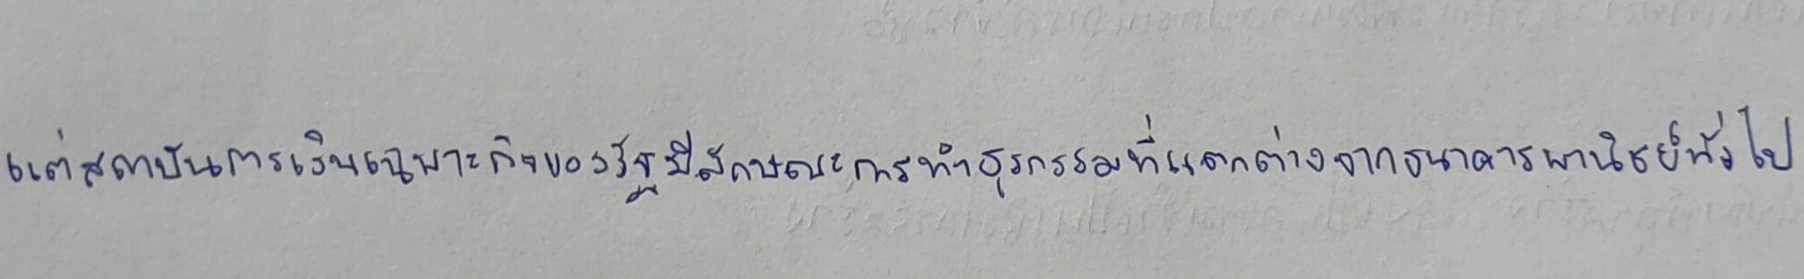
แต่สถาบันการเงินเฉพาะกิจของรัฐมีลักษณะการทำธุรกรรมที่แตกต่างจากธนาคารพาณิชย์ทั่วไป